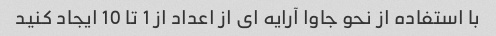
با استفاده از نحو جاوا آرایه ای از اعداد از 1 تا 10 ایجاد کنید